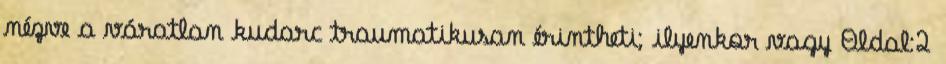
nézve a váratlan kudarc traumatikusan érintheti; ilyenkor vagy Oldal:2